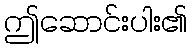
ဤဆောင်းပါး၏